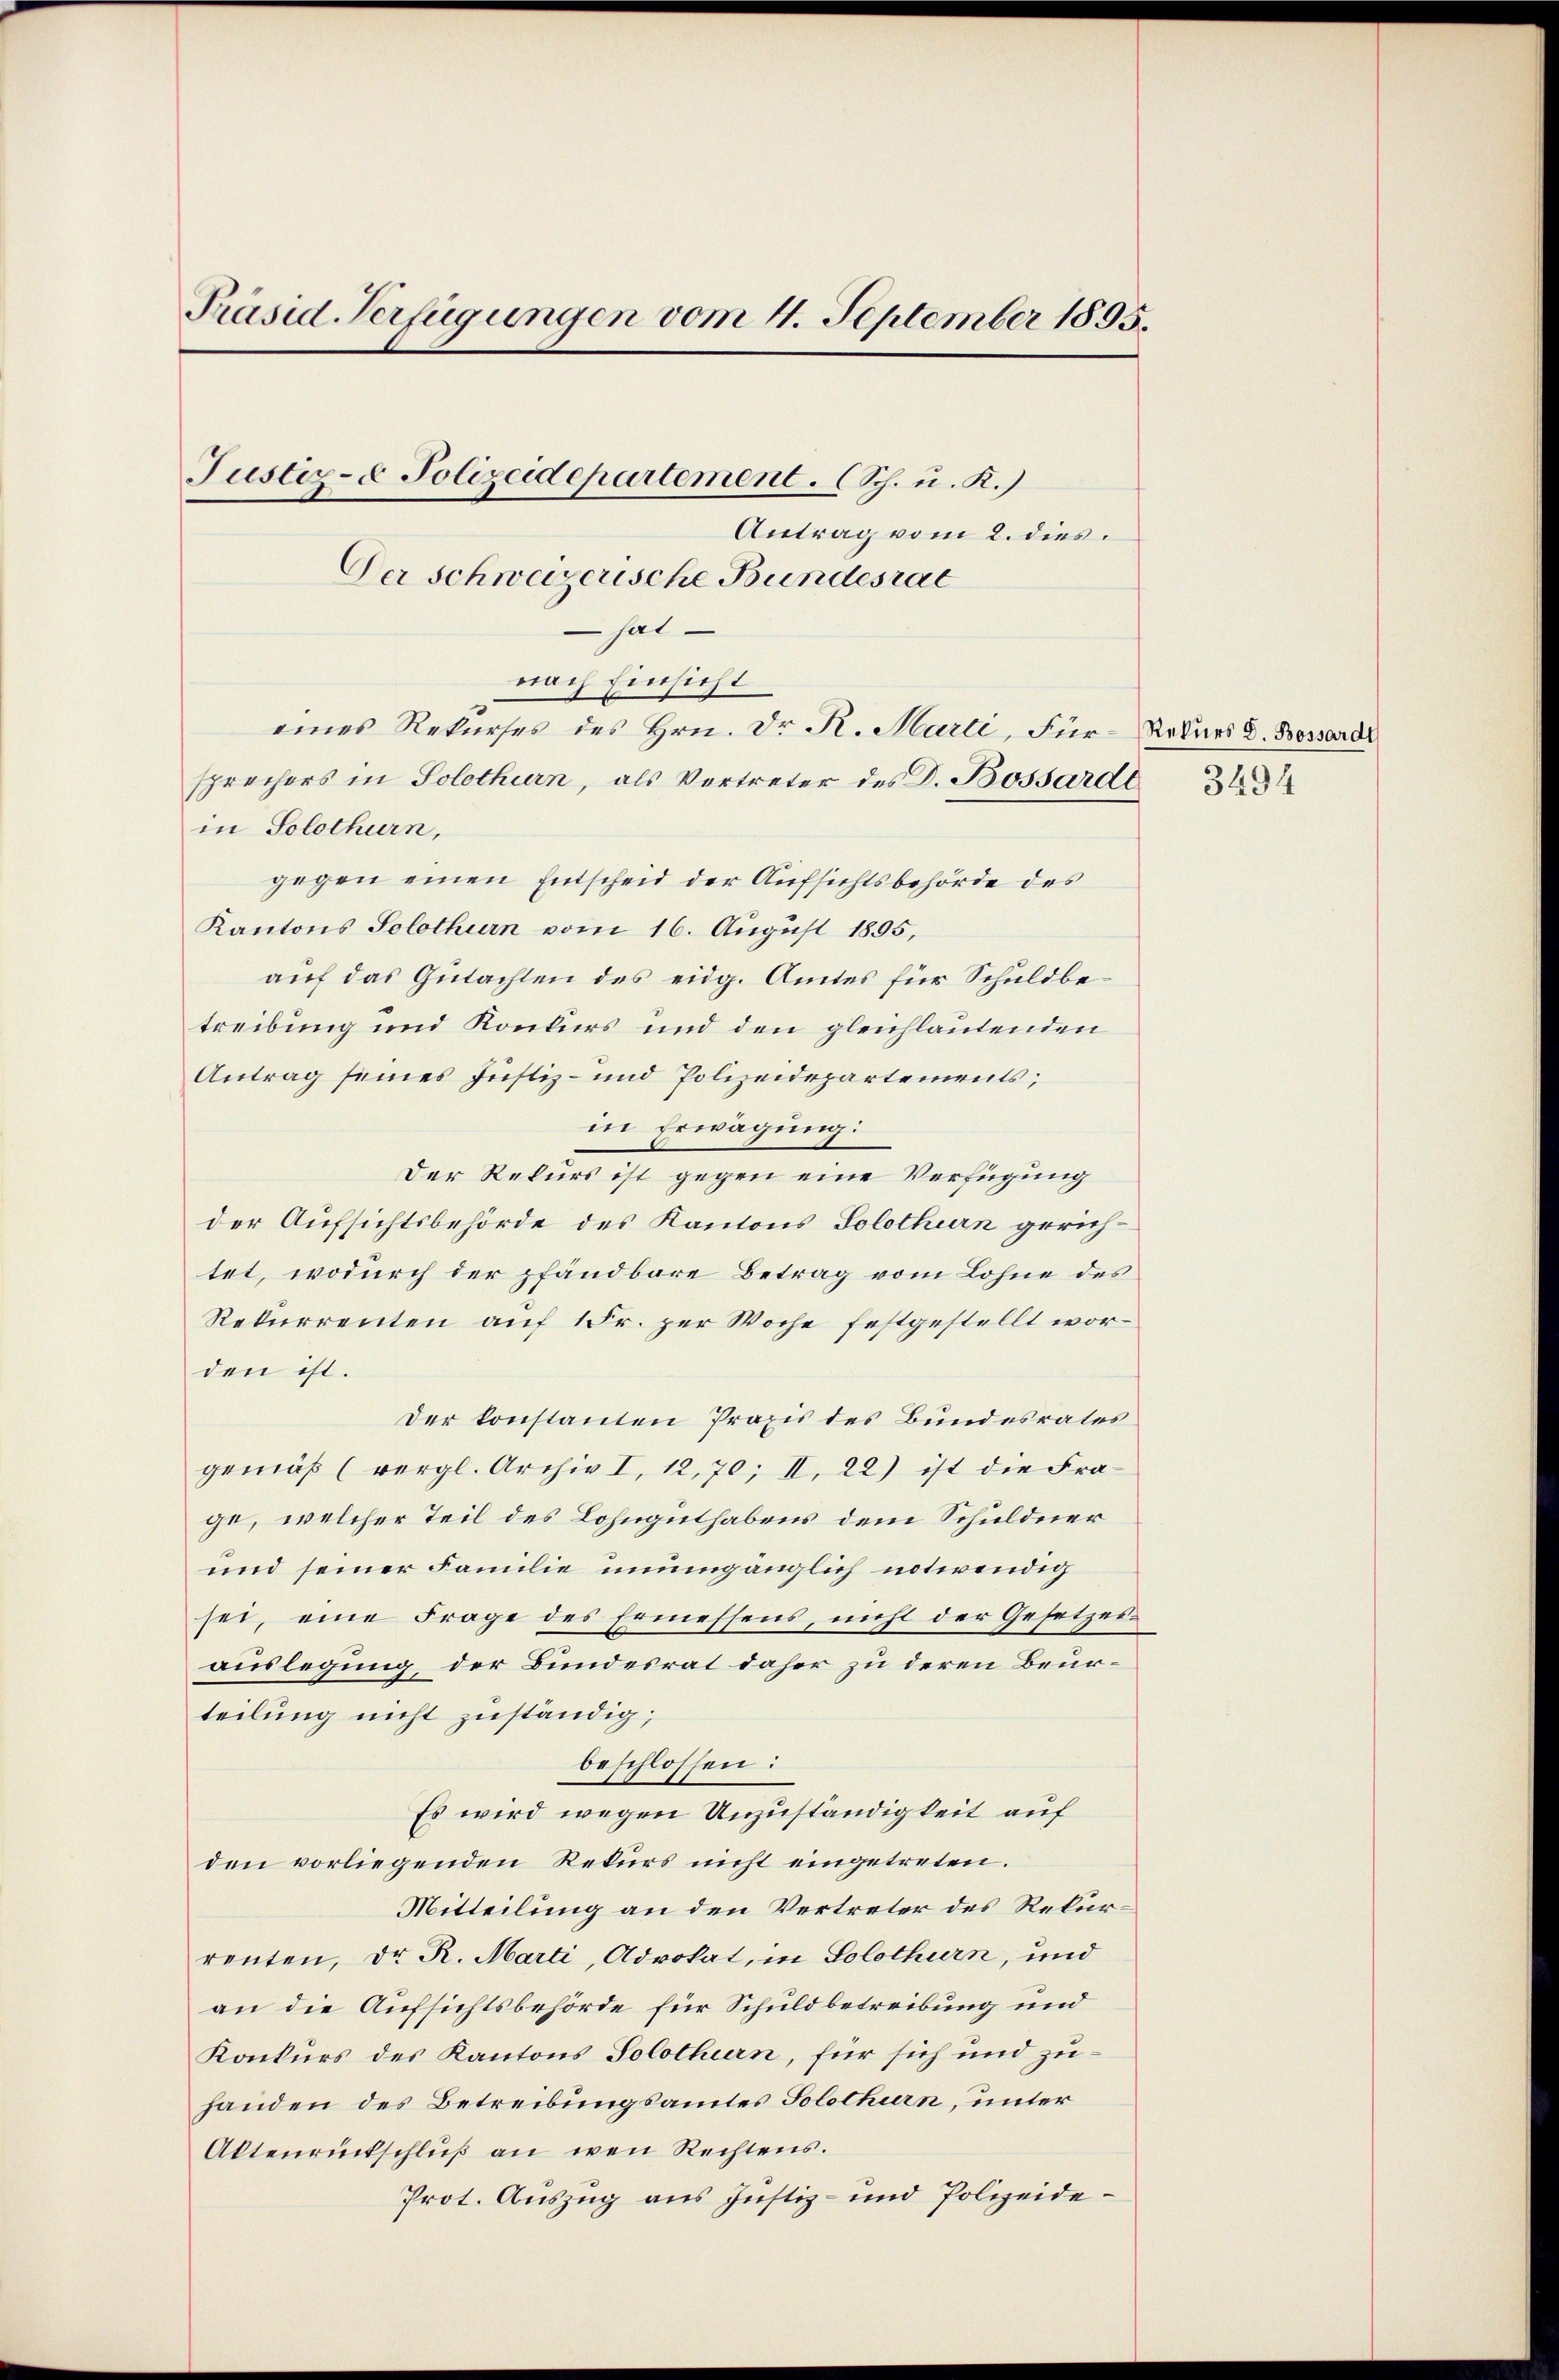
Präsid-Verfügungen vom 4. September 1895.

Justiz- & Polizeidepartement. (Sch. u. R.)

Antrag vom 2. dies
Der Schweizerische Bundesrat
 hat.
nach Einsicht
eines Rekurses des Hrn. Dr. R. Marti, Für- Rekurs d. Bossard
sprechers in Solothurn, als Vertreter des D. Bossardt 3454
in Solothurn,
gegen einen Entscheid der Aufsichtsbehörde des
Kantons Solothurn vom 16. August 1895,
auf das Gutachten des eidg. Amtes für Schuldbetreibung und Konkurs und den gleichlautenden
Antrag seines Justiz- und Polizeidepartements;
in Erwägung:
Der Rekurs ist gegen eine Verfügung
der Aufsichtsbehörde des Kantons Solothurn gerichtet, wodurch der pfandbare Betrag vom Lohne des
Rekurrenten auf 1 Fr. per Woche festgestellt worden ist.
Der konstanten Praxis des Bundesrates
gemäß (vergl. Archiv I, 12,70; II. 22) ist die Frage, welcher Teil des Lohnguthabens dem Schuldner
und seiner Familie unumgänglich notwendig
sei, eine Frage des Ermessens, nicht der Gesetzes
auslegung der Bundesrat daher zu deren Beurteilung nicht zuständig;
beschlossen:
Es wird wegen Unzuständigkeit auf
den vorliegenden Rekurs nicht eingetreten.
Mitteilung an den Vertreter des Rekurrenten, Dr. R. Marti, Advokat, in Solothurn, und
an die Aufsichtsbehörde für Schuldbetreibung und
Konkurs des Kantons Solothurn, für sich und zuhanden des Betreibungsamtes Solothurn, unter
Aktenrückschluß an wen Rechtens.
Prot. Auszug aus Justiz- und Polizeide¬